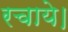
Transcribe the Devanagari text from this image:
रचाये।